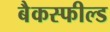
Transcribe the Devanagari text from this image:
बैकस्फील्ड